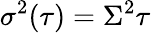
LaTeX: \sigma^{2}(\tau)=\Sigma^{2}\tau